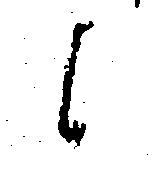
候